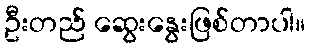
ဦးတည် ဆွေးနွေးဖြစ်တာပါ။